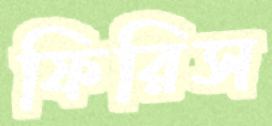
ফিরিস